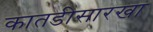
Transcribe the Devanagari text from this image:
कातडीसारखा